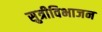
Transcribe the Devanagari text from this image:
सुत्रीविभाजन